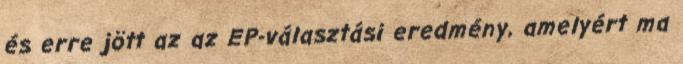
és erre jött az az EP-választási eredmény, amelyért ma